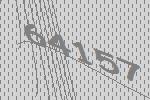
64157